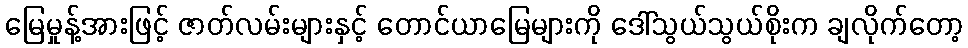
မြေမှုန့်အားဖြင့် ဇာတ်လမ်းများနှင့် တောင်ယာမြေများကို ဒေါ်သွယ်သွယ်စိုးက ချလိုက်တော့